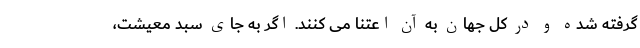
گرفته شده و در کل جهان به آن اعتنا می کنند. اگر به جای سبد معیشت،